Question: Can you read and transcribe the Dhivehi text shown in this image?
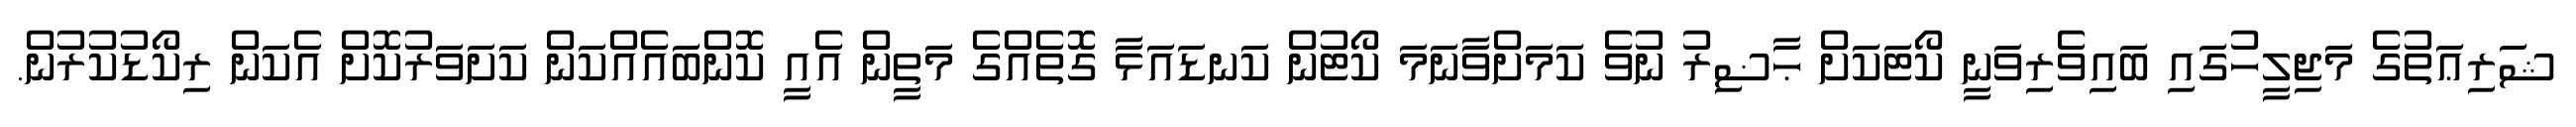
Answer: ޝަރިޢަތުގެ މަޖިލީހުގައި ބައިވެރިވަނީ ކޯޓަކަށް ޙާޟިރު ނުވެ ކަމަށްވާނަމަ ކޯޓުން ކަނޑައަޅާ ގޮތެއްގެ މަތީން އެއީ ކޮންބައެއްކަން ކަށަވަރުކޮށް އެކަން ރިކޯޑުކުރުން.